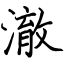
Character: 澈